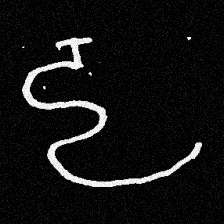
Pyu character \u2014 Myanmar letter: ဠ (romanized: lla)